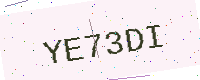
Text: YE73DI